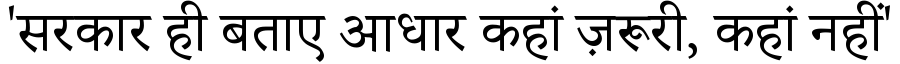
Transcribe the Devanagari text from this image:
'सरकार ही बताए आधार कहां ज़रूरी, कहां नहीं'